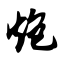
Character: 炮